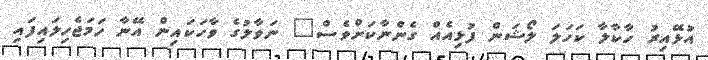
އުޅޭއިރު ހާކާލާ ކަހަލަ ލޯޝަން ފުޅިއެއް ގެންނާކަށްވެސް" ނަވާލުގެ ވާހަކައިން އޭނާ ހަމަޖެހިލައިފައި